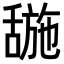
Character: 𬜌